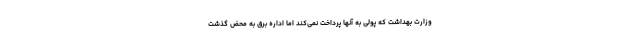
وزارت بهداشت که پولی به آنها پرداخت نمی‌کند اما اداره برق به محض گذشت